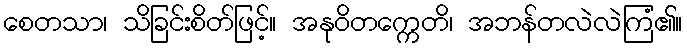
စေတသာ၊ သိခြင်းစိတ်ဖြင့်။ အနုဝိတက္ကေတိ၊ အဘန်တလဲလဲကြံ၏။